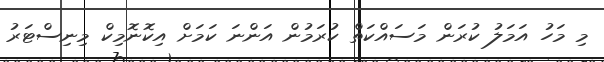
މި މަހު އަމަލު ކުރަން މަސައްކަތް ކުރަމުން އަންނަ ކަމަށް އިކޮނޮމިކް މިނިސްޓަރު